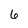
Character: 6